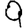
Digit: 9